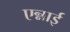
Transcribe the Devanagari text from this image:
एन्नाई